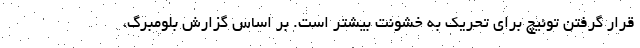
قرار گرفتن توئیچ برای تحریک به خشونت بیشتر است. بر اساس گزارش بلومبرگ،